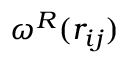
\omega ^ { R } ( r _ { i j } )